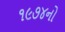
૧૯૭૪નો